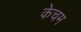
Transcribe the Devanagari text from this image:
केचम